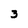
Character: 3